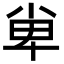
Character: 𡭼